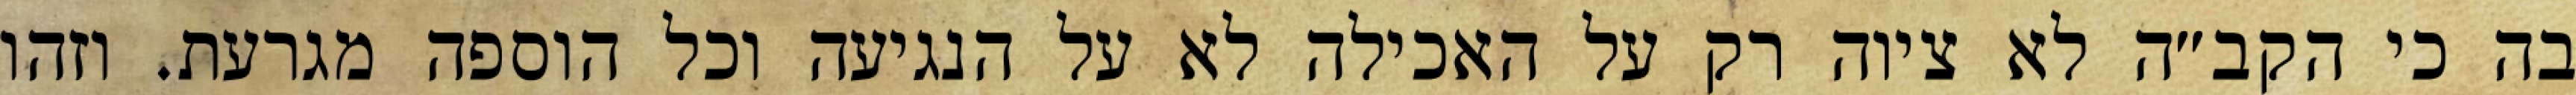
בה כי הקב״ה לא ציוה רק על האכילה לא על הנגיעה וכל הוספה מגרעת. וזהו